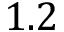
1 . 2